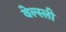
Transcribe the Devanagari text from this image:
वेल्स्ली